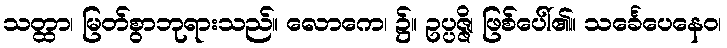
သတ္ထာ၊ မြတ်စွာဘုရားသည်။ လောကေ၊ ၌။ ဥပ္ပဇ္ဇိ၊ ဖြစ်ပေါ်၏။ သင်္ခေပေနေဝ၊